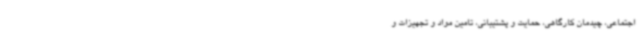
اجتماعی، چیدمان کارگاهی، حمایت و پشتیبانی، تامین مواد و تجهیزات و